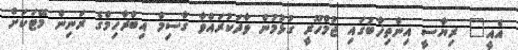
އެއީ" ރިޔާސީ އިންތިޚާބުގައި ޖުމްހޫރީ ގުޅުމުން ވާދަކުރައްވާ ގާސިމް އިބްރާހިމްގެ ރަނިން މޭޓަކަށް